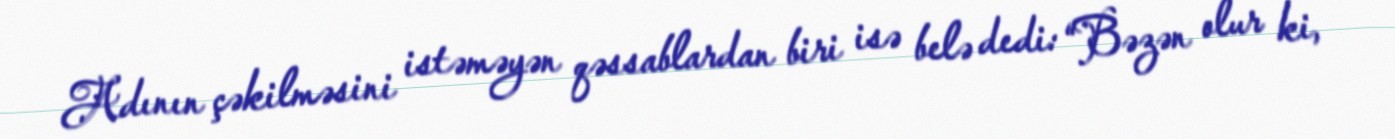
Adının çəkilməsini istəməyən qəssablardan biri isə belə dedi: “Bəzən olur ki,